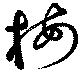
梅